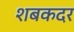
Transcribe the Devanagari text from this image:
शबकदर